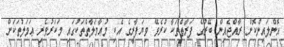
އޮންލައިންކޮށް ރާއްޖެއިން ބޭރުގެ ފަރާތްތަކާ ކުރެވޭ ވިޔަފާރީގެ އެކި މުޢާމަލާތްތަކުގައި މަކަރުވެރި ޢަމަލުތަކަށް